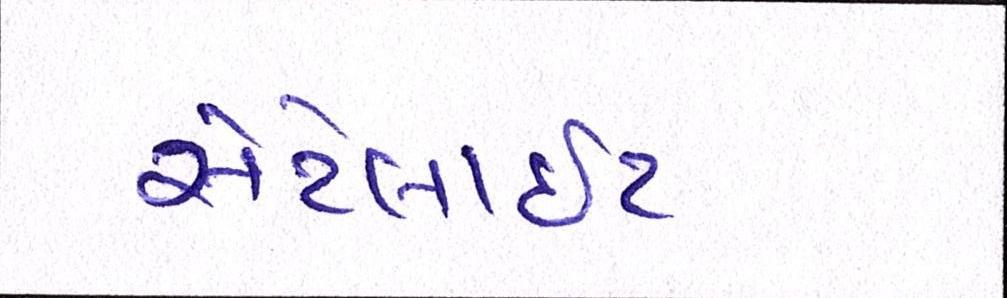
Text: સેટેલાઈટ